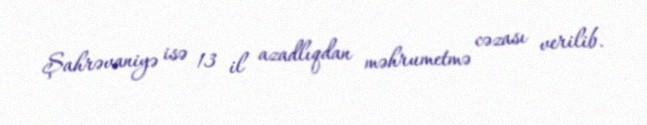
Şahrəvaniyə isə 13 il azadlıqdan məhrumetmə cəzası verilib.